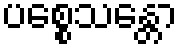
ပစ္စေသန္တော